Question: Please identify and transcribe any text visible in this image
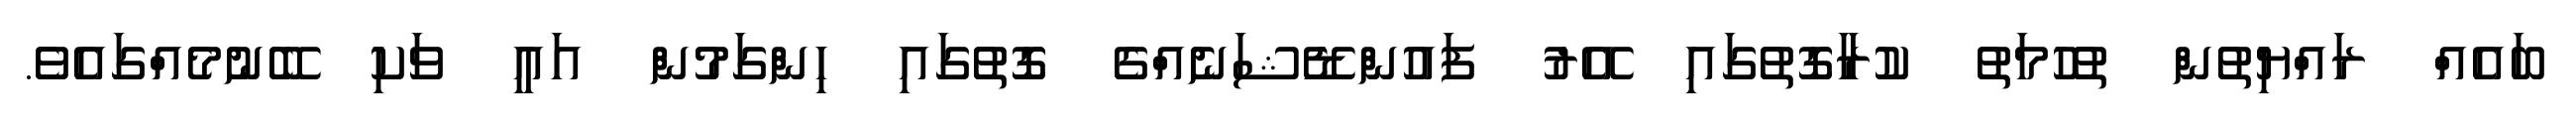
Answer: ބައެއް ރައްޔިތުން ތުހުމަތު ކުރާގޮތުގައި އޭރު ފައުންޑޭޝަނެއްގެ ގޮތުގައި ހިންގަމުން އައީ ވަކި ބޭނުމެއްގައެވެ.